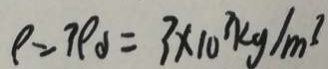
\rho = 3 p a = 3 \times 1 0 ^ { 3 } k g / m ^ { 3 }